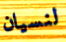
لنسيان